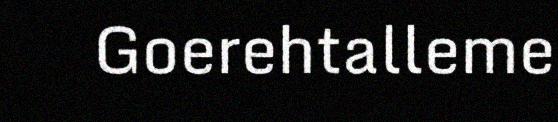
Goerehtalleme